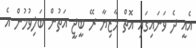
އެއީ ދެ ވަނައިގައި އޮތް މާޒިޔާ ރޭ ބީޖީ އަތުން ބަލިވުމުން އެ